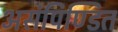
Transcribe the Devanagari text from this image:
असंपिण्डित